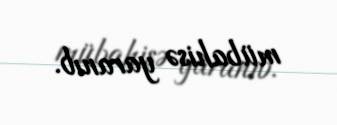
mübahisə yaranıb.